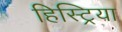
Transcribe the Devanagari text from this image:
हिस्ट्रिया